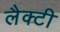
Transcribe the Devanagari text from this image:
लैक्टी